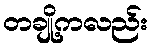
တချို့ကလည်း